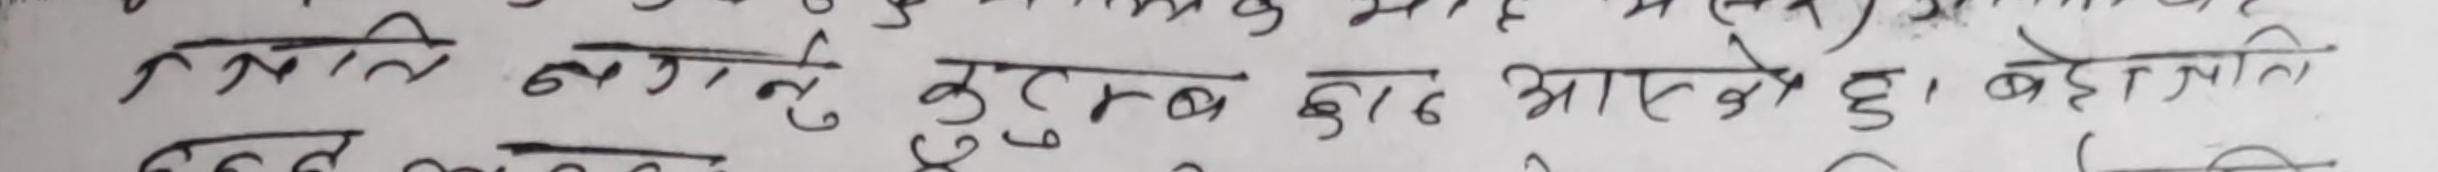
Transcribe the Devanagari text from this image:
प्रति, नजानु कुटंब बाट आएको छु । बहरा प्रति